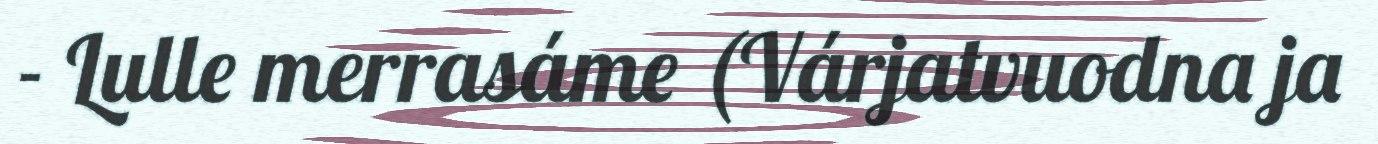
- Lulle merrasáme (Várjatvuodna ja